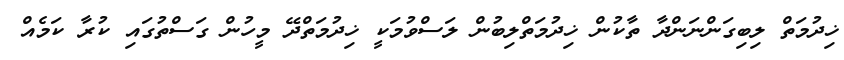
ޚިދުމަތް ލިބިގަންނަންދާ ތާކުން ޚިދުމަތްލިބުން ލަސްވުމަކީ ޚިދުމަތްދޭ މީހުން ގަސްތުގައި ކުރާ ކަމެއް